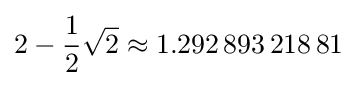
2-{\frac {1}{2}}{\sqrt {2}}\approx 1.292\,893\,218\,81